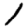
Digit: 1